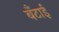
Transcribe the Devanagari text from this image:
बँटाई